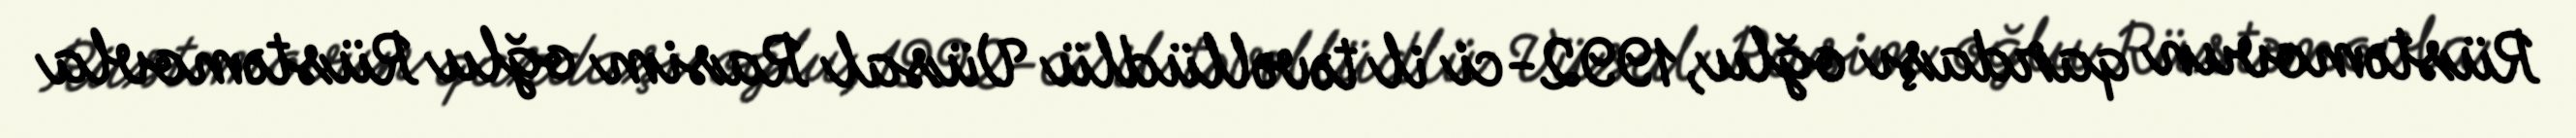
Rüstəmovun qardaşı oğlu, 1992-ci il təvəllüdlü Vüsal Rasim oğlu Rüstəmovla